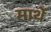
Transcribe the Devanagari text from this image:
मार्थे